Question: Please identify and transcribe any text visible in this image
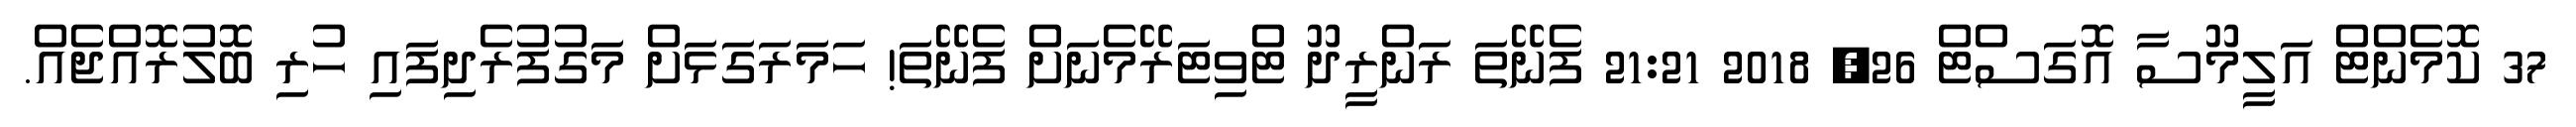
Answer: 37 ކޮމެންޓް އަލީމޫސާ އޮގަސްޓް 26, 2018 21:21 ފެނޭތަ ރަންރީދޫ ޓްވިޓަރޭމެނަށް ފެނޭތަ! ހަމަރަގަޅަށް މަގުފުރެދިފައި ހުރި ބޮލުރޮއްޖެއް.